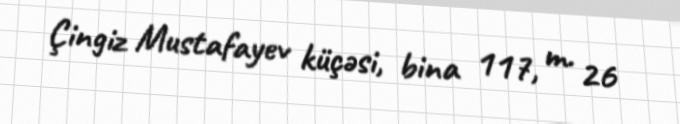
Çingiz Mustafayev küçəsi, bina 117, m. 26